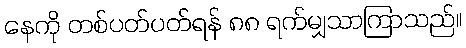
နေကို တစ်ပတ်ပတ်ရန် ၈၈ ရက်မျှသာကြာသည်။